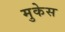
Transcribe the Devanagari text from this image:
मुकेस